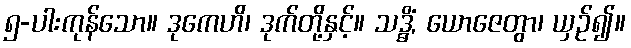
၅-ပါးကုန်သော။ ဒုကေဟိ၊ ဒုက်တို့နှင့်။ သဒ္ဓိံ, ယောဇေတွာ၊ ယှဉ်၍။